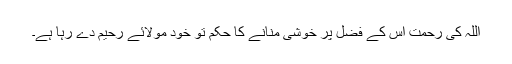
اللہ کی رحمت اُس کے فضل پر خوشی منانے کا حکم تو خود مولائے رحیم دے رہا ہے۔